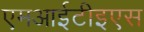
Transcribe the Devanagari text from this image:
एमआईटीइएस